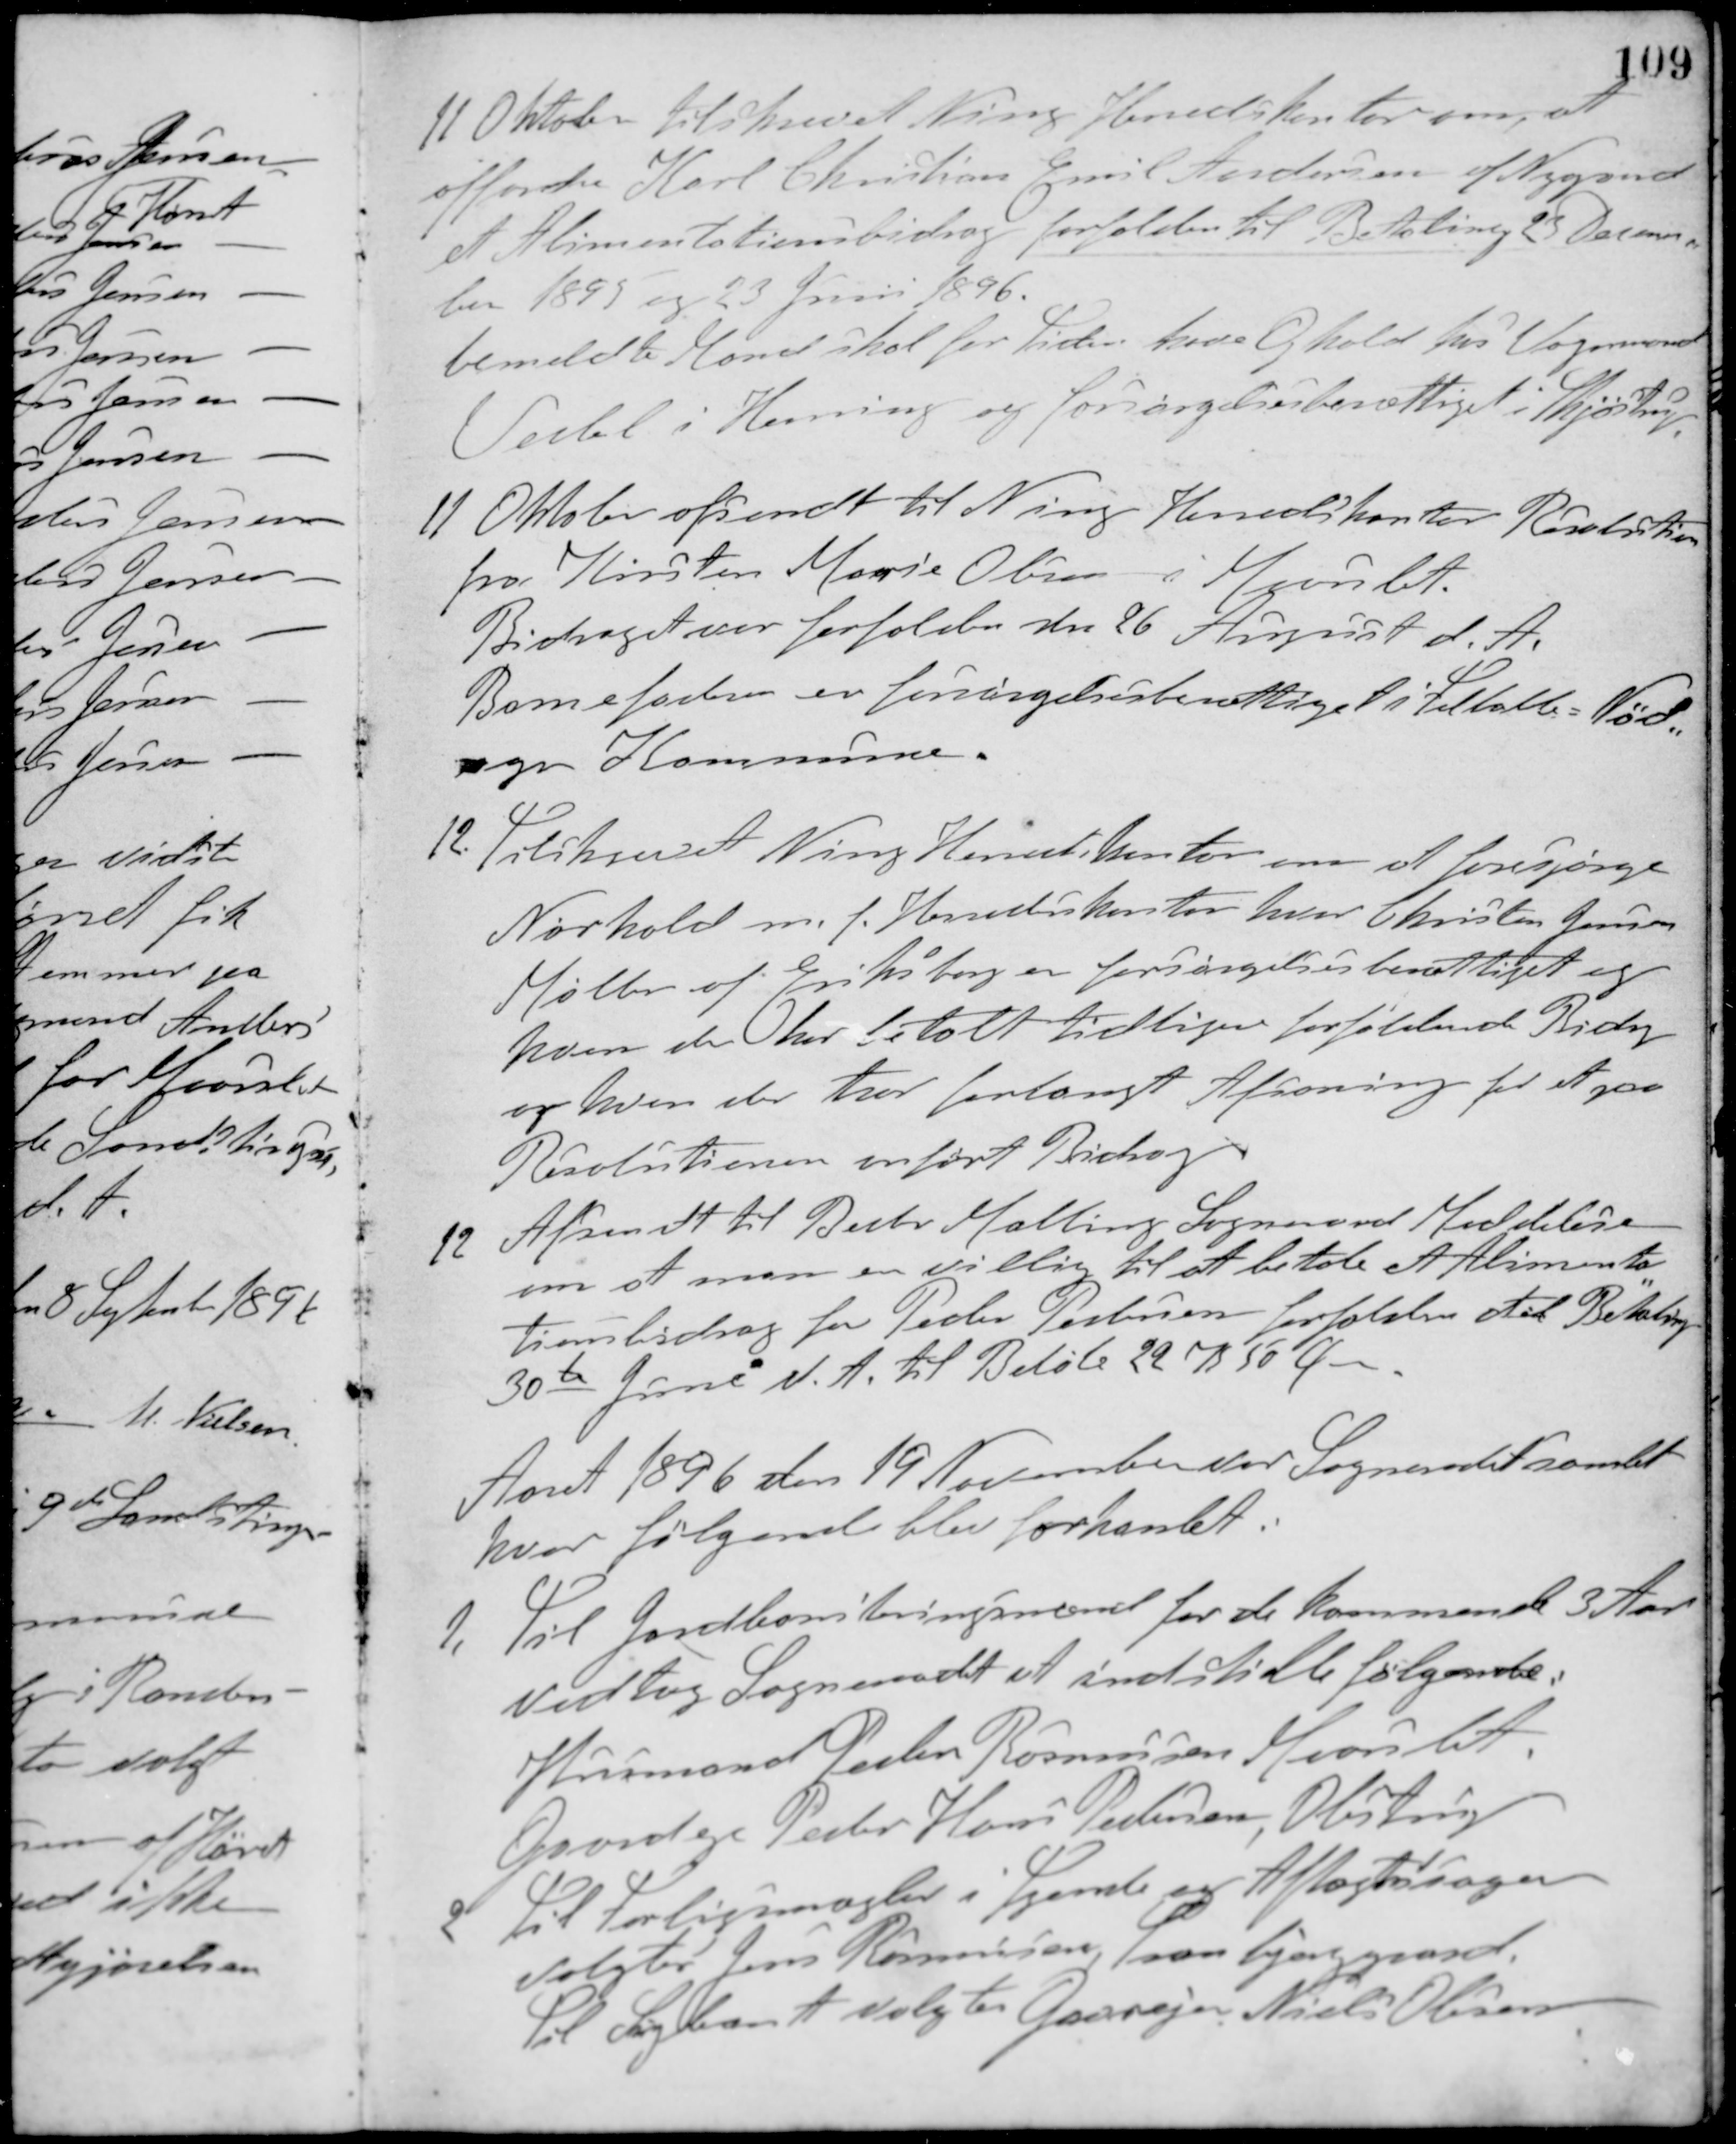
Transskription:
11 Oktober tilskrevet Ning Herredskontor om, at
affordre Karl Christian Emil Andersen af Nygaard
et Alimentationsbidrag forfalden til Betaling 23 Decem-
ber 1895 og 23 Juni 1896.
bemeldte Mand skal for Tiden have Ophold hos Vognmand
Vedel i Herning og forsørgelsesberettiget i Skjøstrup
11 Oktober afsendt til Ning Herredskontor Resolution
fra Kirsten Marie Olsen i Maarslet.
Bidraget var forfalden den 26 August d. A.
Barnefaderen er forsørgelsesberettiget i Felballe-Nød-
ager Kommune.
12. Tilskrevet Ning Herredskontor om at forespørge
Nørhold m. f. Herredskontor hvor Christen Jensen
Møller af Eriksborg er forsørgelsesberettiget og
hvem der har betalt tidligere forfaldne Bidrag
og hvem der har forlangt Afsoning for et paa
Resolutionen anført Bidrag.
12. Afsendt til Beder-Malling Sogneraad Meddelelse
om at man er villig til at betale et Alimenta-
tionsbidrag for Peder Pedersen forfalden til Betaling
30te Juni d. A. til Beløb 22 K 50 Øre.
Aaret 1896 den 19 November var Sogneraadet samlet
hvor følgende blev forhandlet.
1. Til Jordboniteringsmænd for de kommende 3 Aar
vedtog Sogneraadet at indstille følgende:
Husmand Peder Rasmussen Maarslet
Gaardejer Peder Hans Pedersen, Obstrup
2. Til Forligsmægler i Tyende og Aftægtssager
valgtes Jens Rasmussen, Tranbjerggaard.
Til Supleant valgtes Gaardejer Niels Olesen.